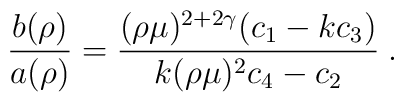
\left. \frac{b(\rho)}{a(\rho)} =  \frac{ (\rho\mu)^{2 + 2 \gamma} (c_{1}    - k c_{3}) }{k (\rho\mu)^{2} c_{4} - c_{2}}  \right. .